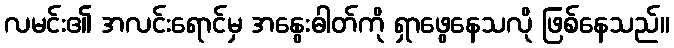
လမင်း၏ အလင်းရောင်မှ အနွေးဓါတ်ကို ရှာဖွေနေသလို ဖြစ်နေသည်။